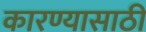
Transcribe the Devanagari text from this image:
कारण्यासाठी